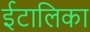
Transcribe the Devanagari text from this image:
ईटालिका